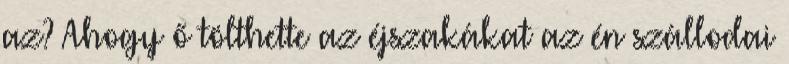
az? Ahogy ő tölthette az éjszakákat az én szállodai